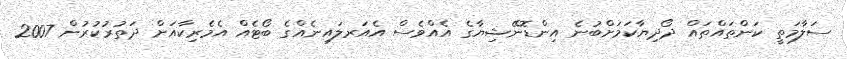
ސަލާމަތީ ކަންތައްތައް ދޯދިޔާކަމަށްބުނެ އިންޑޮނޭޝިޔާގެ އެއްވެސް އެއަރލައިނެއްގެ ބޯޓެއް އެމެރިކާއަށް ދަތުރުކުރުން 2007